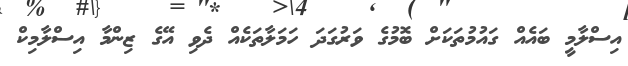
އިސްލާމީ ބައެއް ގައުމުތަކަށް ބޮމުގެ ވަރުގަދަ ހަމަލާތަކެއް ދެވި އޭގެ ޒިންމާ އިސްލާމިކް